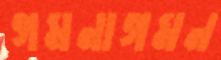
গমনাগমন